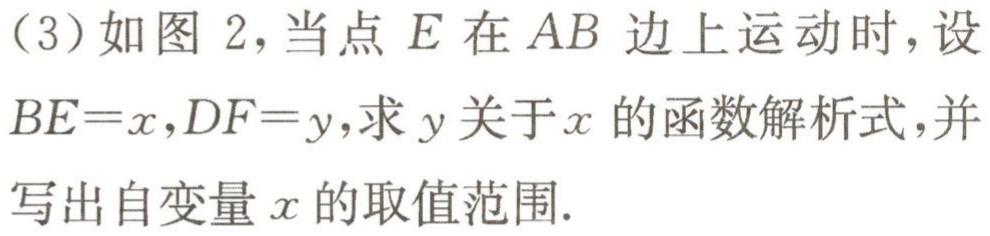
（3）如图 2，当点 \(E\) 在 \(AB\) 边上运动时，设 \(BE = x\)，\(DF = y\)，求 \(y\) 关于 \(x\) 的函数解析式，并写出自变量 \(x\) 的取值范围.